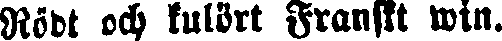
Rödt och kulört Franskt win.